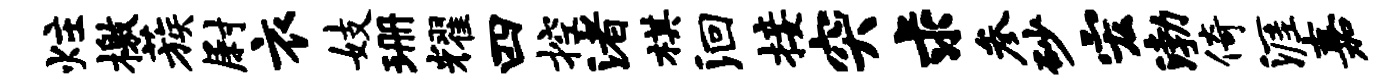
炷檄蔟尉衣妓珊耀四控渚棋洄接突求参砂宏渤倚涯嘉